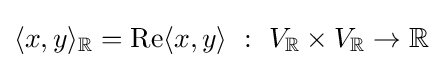
\langle x,y\rangle _{\mathbb {R} }=\operatorname {Re} \langle x,y\rangle ~:~V_{\mathbb {R} }\times V_{\mathbb {R} }\to \mathbb {R}